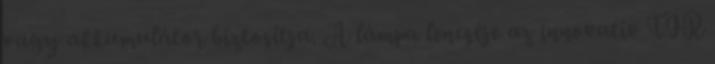
vagy akkumulátor biztosítja. A lámpa lencséje az innovatív TIR